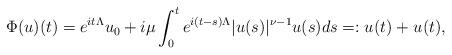
LaTeX: \begin{align*}\Phi(u)(t) = e^{it\Lambda} u_0 +i\mu \int_0^t e^{i(t-s)\Lambda} |u(s)|^{\nu-1} u(s)ds =: u_{}(t)+ u_{}(t), \end{align*}